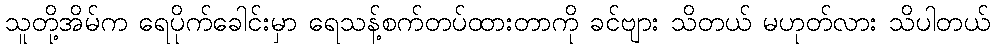
သူတို့အိမ်က ရေပိုက်ခေါင်းမှာ ရေသန့်စက်တပ်ထားတာကို ခင်ဗျား သိတယ် မဟုတ်လား သိပါတယ်